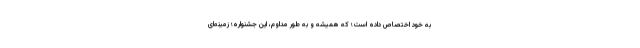
به خود اختصاص داده است؛ که همیشه و به طور مداوم، این جشنواره؛ زمینه‌ای